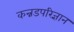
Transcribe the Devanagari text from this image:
कन्नडपरिज्ञान